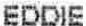
EDDIE